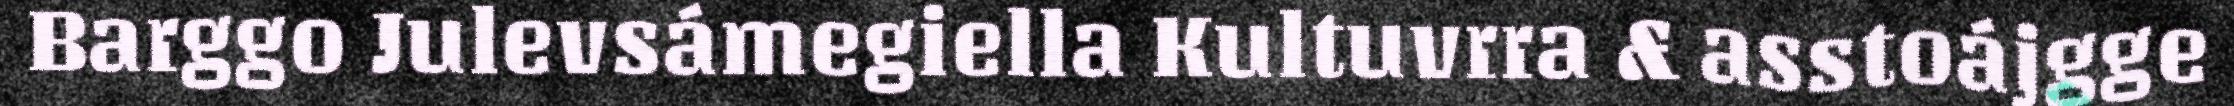
Barggo Julevsámegiella Kultuvrra & asstoájgge